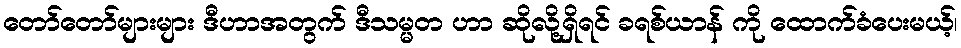
တော်တော်များများ ဒီဟာအတွက် ဒီသမ္မတ ဟာ ဆိုလို့ရှိရင် ခရစ်ယာန် ကို ထောက်ခံပေးမယ့်၊